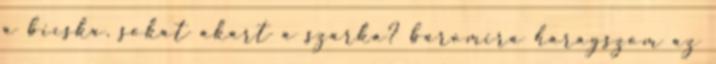
a bicska. sokat akart a szarka? baromira haragszom az